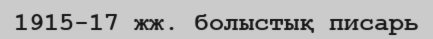
1915-17 жж. болыстық писарь